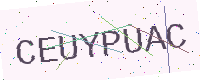
Text: CEUYPUAC